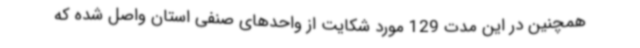
همچنین در این مدت 129 مورد شکایت از واحدهای صنفی استان واصل شده که